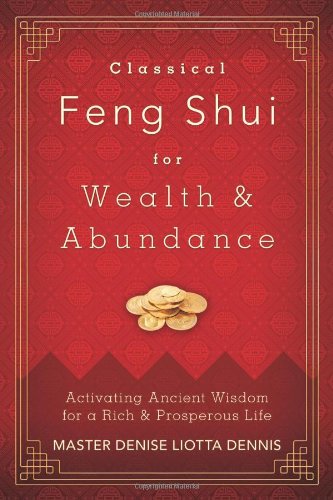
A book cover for Classical Feng Shui for Wealth & Abundance: Activating Ancient Wisdom for a Rich & Prosperous Life; Master Denise  Liotta Dennis; Religion & Spirituality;